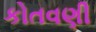
કોતવણી